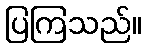
ပြကြသည်။